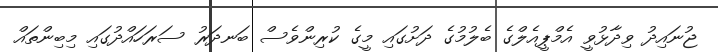
ޖުނައިދު ވިދާޅުވީ އެމްޕީއެލްގެ ބެލުމުގެ ދަށުގައި މީގެ ކުރިންވެސް ބަނދަރު ސަރަހައްދުގައި މިބިންތައް